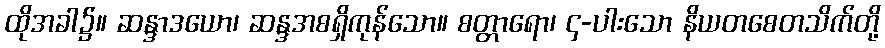
ထိုအခါ၌။ ဆန္ဒာဒယော၊ ဆန္ဒအစရှိကုန်သော။ စတ္တာရော၊ ၄-ပါးသော နိယတစေတသိက်တို့